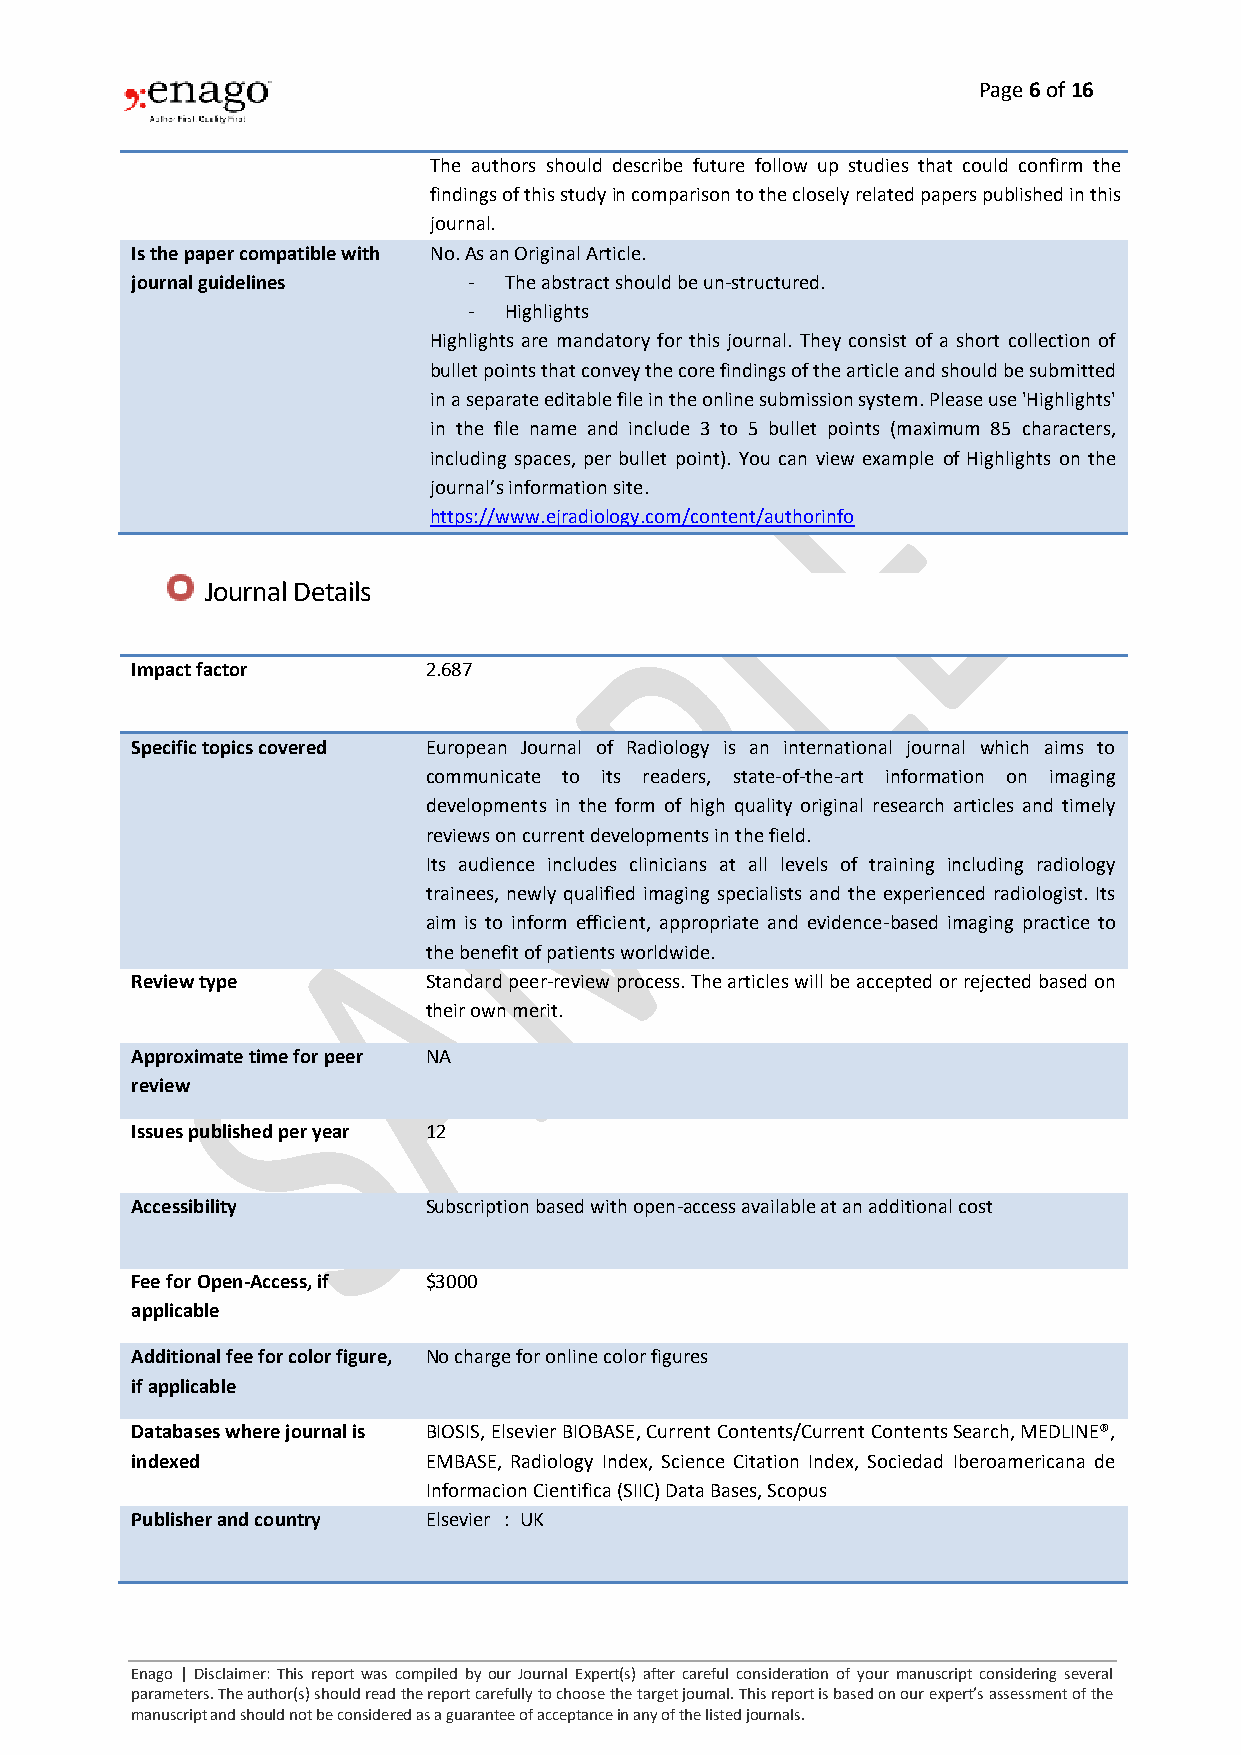
Page 6 of 16
 The authors should describe future follow up studies that could confirm the
 findings of this study in comparison to the closely related papers published in this
 journal.
 Is the paper compatible with No. As an Original Article.
 journal guidelines    - The abstract should be un-structured.
 - Highlights
 Highlights are mandatory for this journal. They consist of a short collection of
 bullet points that convey the core findings of the article and should be submitted
 in a separate editable file in the online submission system. Please use 'Highlights'
 in the file name and include 3 to 5 bullet points (maximum 85 characters,
 including spaces, per bullet point). You can view example of Highlights on the
 journal’s information site.
 https://www.ejradiology.com/content/authorinfo
 Journal Details
 Impact factor      2.687
 Specific topics covered European Journal of Radiology is an international journal which aims to
 communicate to its readers, state-of-the-art information on imaging
 developments in the form of high quality original research articles and timely
 reviews on current developments in the field.
 Its audience includes clinicians at all levels of training including radiology
 trainees, newly qualified imaging specialists and the experienced radiologist. Its
 aim is to inform efficient, appropriate and evidence-based imaging practice to
 the benefit of patients worldwide.
 Review type        Standard peer-review process. The articles will be accepted or rejected based on
 their own merit.
 Approximate time for peer NA
 review
 Issues published per year 12
 Accessibility      Subscription based with open-access available at an additional cost
 Fee for Open-Access, if $3000
 applicable
 Additional fee for color figure, No charge for online color figures
 if applicable
 Databases where journal is BIOSIS, Elsevier BIOBASE, Current Contents/Current Contents Search, MEDLINE®,
 indexed            EMBASE, Radiology Index, Science Citation Index, Sociedad Iberoamericana de
 Informacion Cientifica (SIIC) Data Bases, Scopus
 Publisher and country Elsevier : UK
 Enago | Disclaimer: This report was compiled by our Journal Expert(s) after careful consideration of your manuscript considering several
 parameters. The author(s) should read the report carefully to choose the target journal. This report is based on our expert’s assessment of the
 manuscript and should not be considered as a guarantee of acceptance in any of the listed journals.